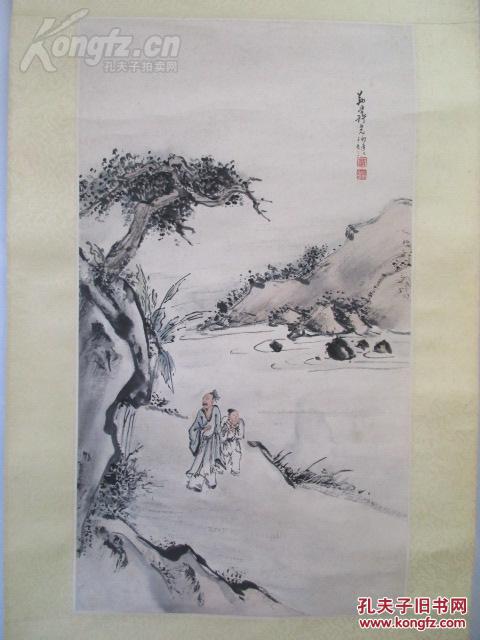
吟怀未许老重阳，霜雪无端入鬓长。